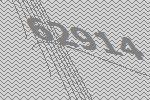
62914